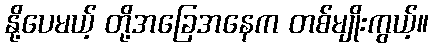
နို့ပေမယ့် တို့အခြေအနေက တစ်မျိုးကွယ့်။